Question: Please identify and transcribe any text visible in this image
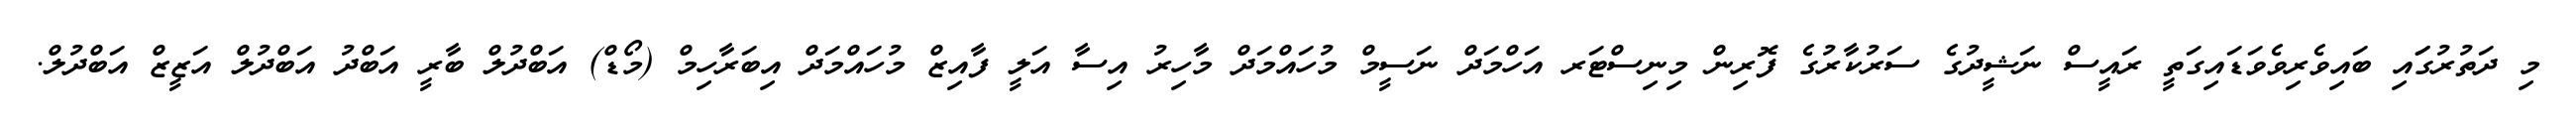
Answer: މި ދަތުރުގަައި ބައިވެރިވެވަޑައިގަތީ ރައީސް ނަޝީދުގެ ސަރުކާރުގެ ފޮރިން މިނިސްޓަރ އަހްމަދް ނަސީމް މުހައްމަދް މާހިރު އިސާ އަލީ ފާއިޒް މުހައްމަދް އިބަރާހިމް (މޯޑް) އަބްދުލް ބާރީ އަބްދު އަބްދުލް އަޒީޒް އަބްދުލް.